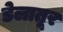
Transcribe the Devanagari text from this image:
डेलातूर